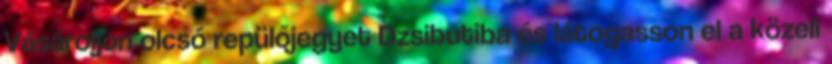
Vásároljon olcsó repülőjegyet Dzsibutiba és látogasson el a közeli